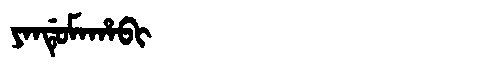
Manchu: ᠶᠠᠨᡩᡠᠮᠠᡥᠠᠪᡳ
Romanization: YANDUMAHABI